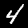
Label: 4